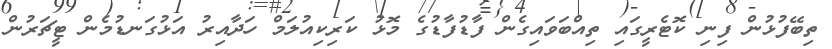
ތިބޭފުޅުން ފިނި ކޮޓެރީގައި ތިއްބަވައިގެން ފާޑުފާޑުގެ މޮޅު ކަރިކިއުލަމް ހަދާއިރު އަޅުގަނޑުމެން ޓީޗަރުން